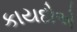
કાયદોએ